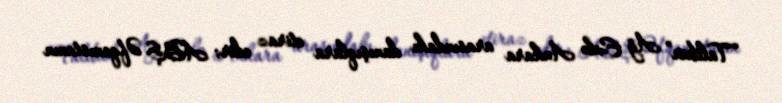
“Taliban” Ağ Evlə Ankara arasındakı danışıqlara etiraz edir; ABŞ Əfqanıstanın